Civil Veterinary Dept. Bombay admin report 1907-1913 - 1907-1913
Year: 1907
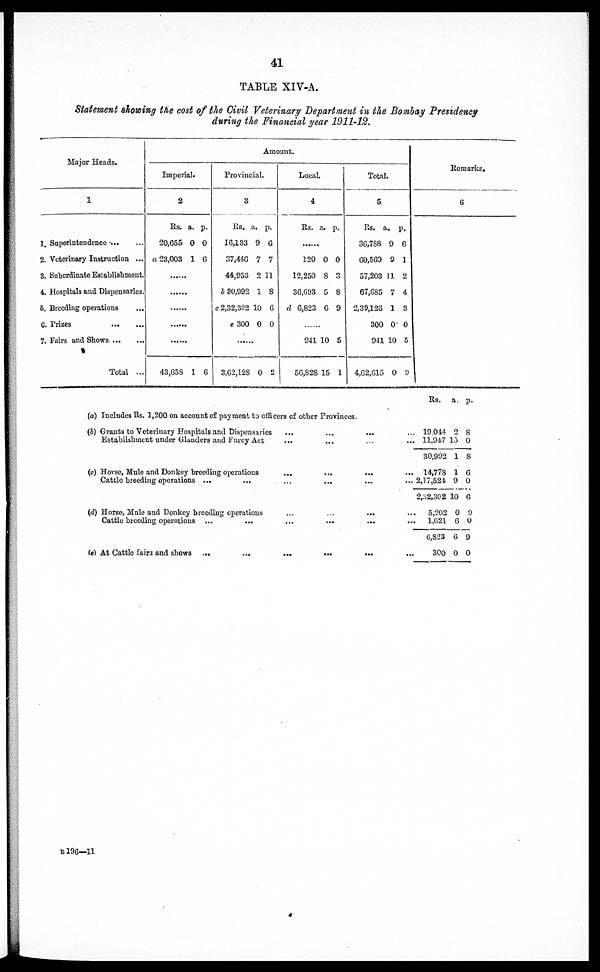
41
TABLE XIV-A.
Statement showing the cost of the Civil Veterinary Department in the Bombay Presidency
during the Financial year 1911-12.
Major Heads.
1
1. Superintendence ... ...
2. Veterinary Instruction ...
3. Subordinate Establishment.
4. Hospitals and Dispensaries.
5. Breeding operations
6. Prizes ... ...
7. Fairs and Shows...
...
Total ...
Amount.
Imperial.
2
Rs. a. p.
20,655 0 0
a 23,003 1 6
......
......
......
......
......
43,658 1 6
Provincial.
3
Rs. a
16,133
37,446
44,953
b 30,992
c 2,32,302
e 300
......
3,62,128
. p
9 6
7
2 3
1
10
0
0
.
7
1
8
6
0
2
Local.
4
Rs.
......
120
12,250
36,693
d 6,823
......
941
56,828
a.
0
8
5
6
10
15
p.
0
3
8
9
5
1
Total.
5
Rs. a
36,788
60,569
57,203
67,685
2,39,123
300
941
4,62,615
. p
9 6
9
11
7
1
0
10
0
.
1
2
4
3
0
5
9
Remarks.
6
(a) Includes Rs. 1,200 on account of payment to officers of other Provinces.
(b) Grants to Veterinary Hospitals and Dispensaries ... ... ... ...
Establishment under Glanders and Farcy Act ... ... ... ...
(c) Horse, Mule and Donkey breeding operations ... ... ... ...
Cattle breeding operations ... ... ... ... ... ...
(d) Horse, Mule and Donkey breeding operations ... ... ... ...
Cattle breeding operations ... ... ... ... ... ...
(e) At Cattle fairs and shows ... ... ... ... ... ...
Rs.
19,044
11,947
30,992
14,778
2,17,524
2,32,302
5,202
1,621
6,823
300
a.
2
15
1
1
9
10
0
6
6
0
p.
8
0
8
6
0
6
9
0
9
0
B 196—11